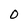
Character: 0